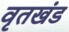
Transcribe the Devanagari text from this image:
वृतखंड